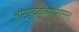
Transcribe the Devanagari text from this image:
श्रीगुरुदत्तात्रेयार्पणमस्तु